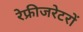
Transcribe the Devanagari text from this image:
रेफ्रीजरेटरों